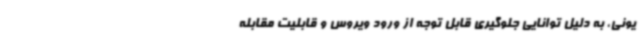
یونی، به دلیل توانایی جلوگیری قابل توجه از ورود ویروس و قابلیت مقابله